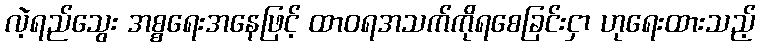
လဲ့ရည်သွေး အစ္စရေးအနေဖြင့် ထာဝရအသက်ကိုရစေခြင်းငှာ ဟုရေးထားသည့်